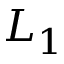
L _ { 1 }